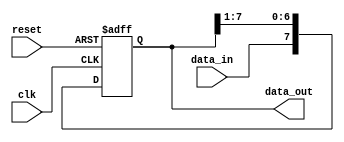
module SIPO (
    input wire clk,
    input wire reset,
    input wire data_in,
    output reg [NUM_OUTPUTS-1:0] data_out
);

parameter NUM_OUTPUTS = 8; // Define the number of parallel outputs
reg [NUM_OUTPUTS-1:0] shift_register;

always @(posedge clk or posedge reset) begin
    if (reset) begin
        shift_register <= 0;
    end else begin
        shift_register <= {data_in, shift_register[NUM_OUTPUTS-1:1]};
    end
end

assign data_out = shift_register;

endmodule